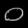
Digit: ၀